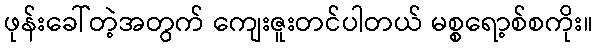
ဖုန်းခေါ်တဲ့အတွက် ကျေးဇူးတင်ပါတယ် မစ္စရော့စ်စကိုး။